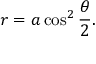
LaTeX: r = a \cos ^ { 2 } { \frac { \theta } { 2 } } .